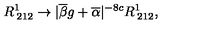
R _ { \: 2 1 2 } ^ { 1 } \rightarrow | \overline { { \beta } } g + \overline { { \alpha } } | ^ { - 8 c } R _ { \: 2 1 2 } ^ { 1 } ,